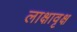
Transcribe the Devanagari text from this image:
लाक्षावृक्ष